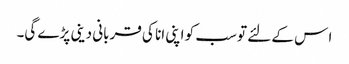
ا س کے لئے تو سب کو اپنی انا کی قربانی دینی پڑے گی۔